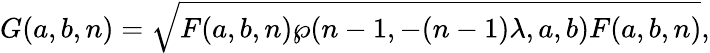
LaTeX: G(a,b,n)=\sqrt{F(a,b,n)\wp(n-1,-(n-1)\lambda,a,b)F(a,b,n)},